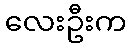
လေးဦးက